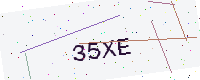
Text: 35XE